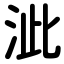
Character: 泚